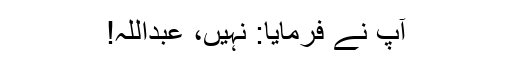
آپؐ نے فرمایا: نہیں، عبداللہ!